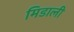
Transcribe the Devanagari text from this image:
मिडाली